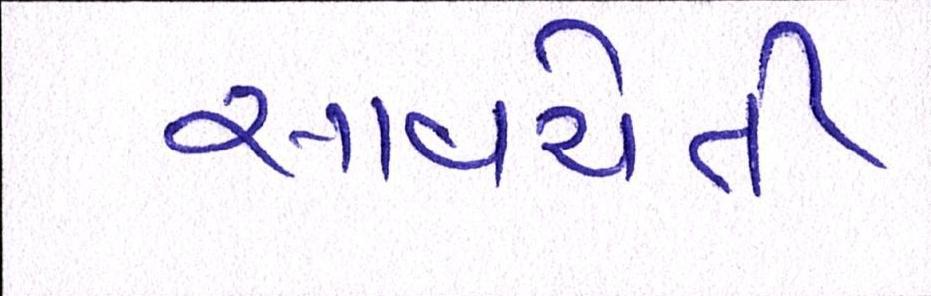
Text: સાવચેતી